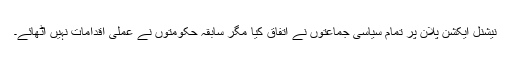
نیشنل ایکشن پلان پر تمام سیاسی جماعتوں نے اتفاق کیا مگر سابقہ حکومتوں نے عملی اقدامات نہیں اٹھائے۔